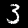
Digit: 3